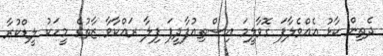
ދެތިން ކާޅު އެއްވެލާފަ ގޮވާލީމަ އިސްތިއުފާދީފަ ފިލާ ރައްކާވާ ޒާތުގެ މީހަކު ލީޑްކުރާ